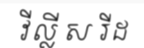
វីល្លី ស រីដ